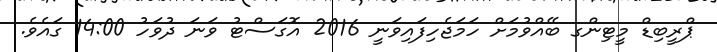
ޕްރީބިޑް މީޓިންގ ބޭއްވުމަށް ހަމަޖެހިފައިވަނީ 2016 އޮގަސްޓު ވަނަ ދުވަހު 14:00 ގައެވެ.